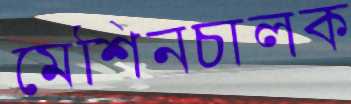
মেশিনচালক